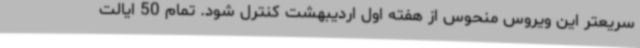
سریعتر این ویروس منحوس از هفته اول اردیبهشت کنترل شود. تمام 50 ایالت